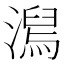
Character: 澙